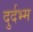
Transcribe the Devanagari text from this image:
दुर्दभ्म